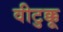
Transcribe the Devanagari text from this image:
वीटुक्कू